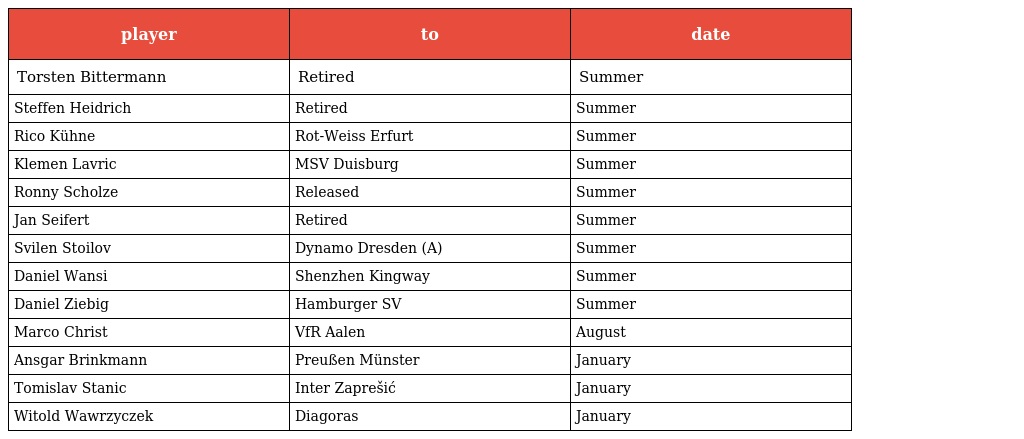
| player | to | date |
 | --- | --- | --- |
 | Torsten Bittermann | Retired | Summer |
 | Steffen Heidrich | Retired | Summer |
 | Rico Kühne | Rot-Weiss Erfurt | Summer |
 | Klemen Lavric | MSV Duisburg | Summer |
 | Ronny Scholze | Released | Summer |
 | Jan Seifert | Retired | Summer |
 | Svilen Stoilov | Dynamo Dresden (A) | Summer |
 | Daniel Wansi | Shenzhen Kingway | Summer |
 | Daniel Ziebig | Hamburger SV | Summer |
 | Marco Christ | VfR Aalen | August |
 | Ansgar Brinkmann | Preußen Münster | January |
 | Tomislav Stanic | Inter Zaprešić | January |
 | Witold Wawrzyczek | Diagoras | January |